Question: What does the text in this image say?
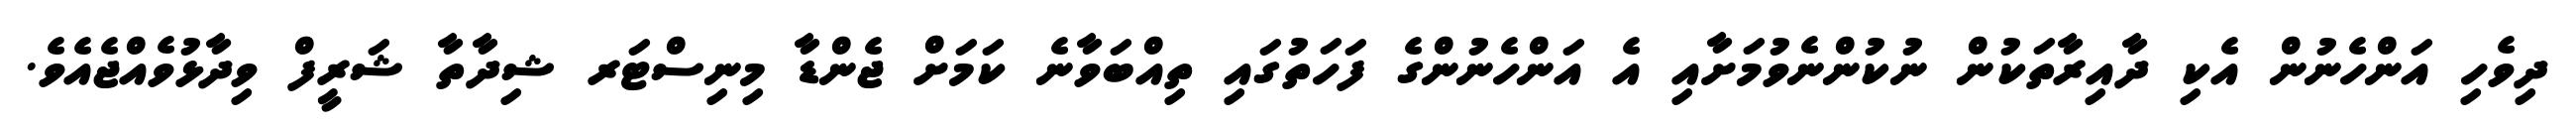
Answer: ދިވެހި އަންހެނުން އެކި ދާއިރާތަކުން ނުކުންނެވުމަށާއި އެ އަންހެނުންގެ ފަހަތުގައި ތިއްބަވާނެ ކަމަށް ޖެންޑާ މިނިސްޓަރ ޝިދާތާ ޝަރީފް ވިދާޅުވެއްޖެއެވެ.